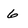
Character: 6